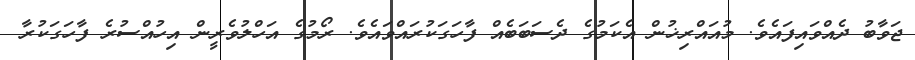
ޖަވާބު ދެއްވައިފައެވެ. މުއައްރިޚުން އެކަމުގެ ދެސަބަބެއް ފާހަގަކުރައްވައެވެ. ރޯމުގެ އަހްލުވެރީން އިހުއްސުރެ ފާހަގަކުރާ